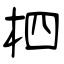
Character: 柶